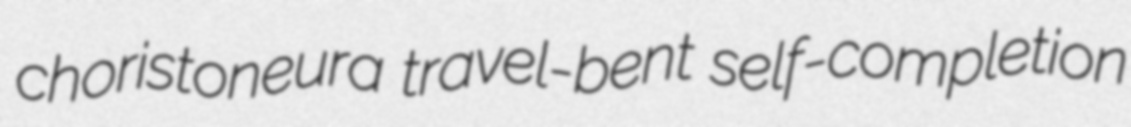
choristoneura travel-bent self-completion